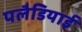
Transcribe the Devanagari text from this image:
पलैडियाई